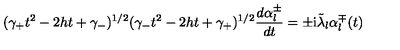
( \gamma _ { + } t ^ { 2 } - 2 h t + \gamma _ { - } ) ^ { 1 / 2 } ( \gamma _ { - } t ^ { 2 } - 2 h t + \gamma _ { + } ) ^ { 1 / 2 } \frac { d \alpha _ { l } ^ { \pm } } { d t } = \pm \mathrm { i } \tilde { \lambda } _ { l } \alpha _ { l } ^ { \mp } ( t )